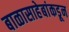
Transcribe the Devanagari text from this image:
बाळासाहेबांकडून